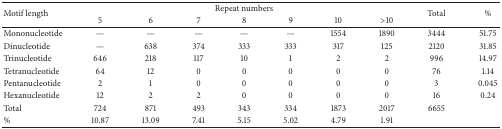
| <ROWSPAN=2> Motif length | <COLSPAN=7> Repeat numbers | <ROWSPAN=2> Total | <ROWSPAN=2> % |
 | 5 | 6 | 7 | 8 | 9 | 10 | >10 |
 | --- | --- | --- | --- | --- | --- | --- | --- | --- | --- |
 | Mononucleotide | — | — | — | — | — | 1554 | 1890 | 3444 | 51.75 |
 | Dinucleotide | — | 638 | 374 | 333 | 333 | 317 | 125 | 2120 | 31.85 |
 | Trinucleotide | 646 | 218 | 117 | 10 | 1 | 2 | 2 | 996 | 14.97 |
 | Tetranucleotide | 64 | 12 | 0 | 0 | 0 | 0 | 0 | 76 | 1.14 |
 | Pentanucleotide | 2 | 1 | 0 | 0 | 0 | 0 | 0 | 3 | 0.045 |
 | Hexanucleotide | 12 | 2 | 2 | 0 | 0 | 0 | 0 | 16 | 0.24 |
 | Total | 724 | 871 | 493 | 343 | 334 | 1873 | 2017 | 6655 |  |
 | % | 10.87 | 13.09 | 7.41 | 5.15 | 5.02 | 4.79 | 1.91 |  |  |